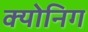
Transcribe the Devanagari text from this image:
क्योनिग